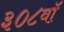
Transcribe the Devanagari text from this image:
३०८वॉ